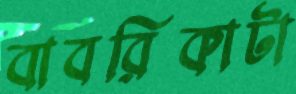
বাবরিকাটা